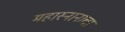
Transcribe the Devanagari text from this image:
महास्नानाचा